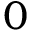
0